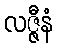
လဇ္ဇီနံ